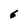
Character: 6